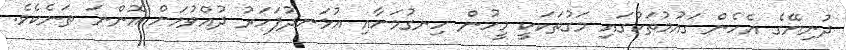
ދުނިޔޭގެ އެހެން ގައުމުތަކުގައި މަގުތަކަކީ މީހުން ހިނގުމަށާއި އުޅަނދުފަހަރު ދުއްވުމަށް އޮންނަ ތަނެކެވެ.